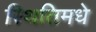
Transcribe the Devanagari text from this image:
स्थितिमधे